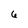
Character: 6